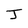
Character: J